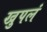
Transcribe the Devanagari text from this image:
खुपलं